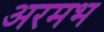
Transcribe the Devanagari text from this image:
अरमभ